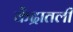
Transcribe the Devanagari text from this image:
केंद्रातली